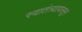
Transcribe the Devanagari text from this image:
स्वातंत्र्यापासून